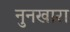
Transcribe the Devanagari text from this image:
नुनखारा